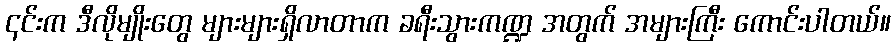
၎င်းက ဒီလိုမျိုးတွေ များများရှိလာတာက ခရီးသွားကဏ္ဍ အတွက် အများကြီး ကောင်းပါတယ်။